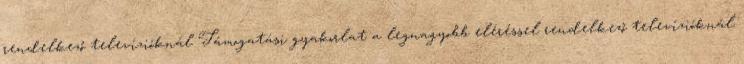
rendelkező televízióknál Támogatási gyakorlat a legnagyobb eléréssel rendelkező televízióknál